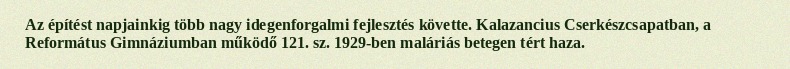
Az építést napjainkig több nagy idegenforgalmi fejlesztés követte. Kalazancius Cserkészcsapatban, a Református Gimnáziumban működő 121. sz. 1929-ben maláriás betegen tért haza.